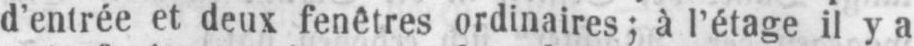
d’entrée et deux fenêtres ordinaires; à l’étage il y a